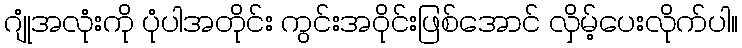
ဂျုံအလုံးကို ပုံပါအတိုင်း ကွင်းအဝိုင်းဖြစ်အောင် လှိမ့်ပေးလိုက်ပါ။